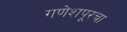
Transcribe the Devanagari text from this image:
गणेशपूरचा